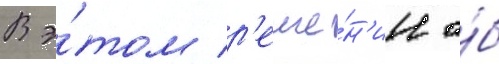
В э́том р'еше́н'ии о́б